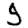
Digit: 5